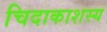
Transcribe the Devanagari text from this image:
चिदाकाशस्य